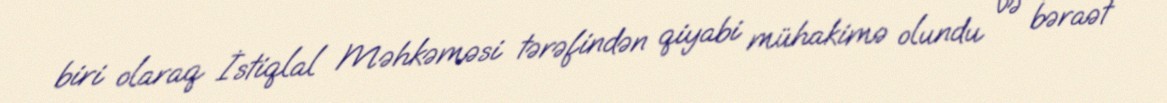
biri olaraq İstiqlal Məhkəməsi tərəfindən qiyabi mühakimə olundu və bəraət